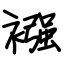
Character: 襁